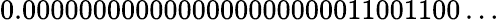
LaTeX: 0.0000000000000000000000011001100\ldots